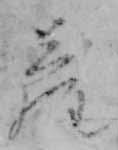
ら